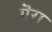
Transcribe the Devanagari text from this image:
ऎरा